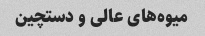
میوه‌های عالی و دستچین